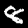
Digit: 8